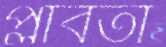
প্লাবতা